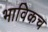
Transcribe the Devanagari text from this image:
भाविकच